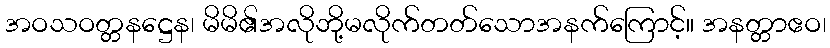
အဝသဝတ္တနဋ္ဌေန၊ မိမိ၏အလိုဘို့မလိုက်တတ်သောအနက်ကြောင့်။ အနတ္တာဧဝ၊